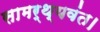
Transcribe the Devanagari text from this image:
सामर्थ्यवंत।